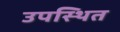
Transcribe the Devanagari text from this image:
उपस्थित